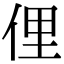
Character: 俚